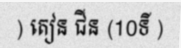
) តៀន ជីន (10ទី )